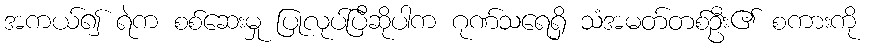
အကယ်၍ ရဲက စစ်ဆေးမှု ပြုလုပ်ပြီဆိုပါက ဂုဏ်သရေရှိ သံအမတ်တစ်ဦး၏ စကားကို